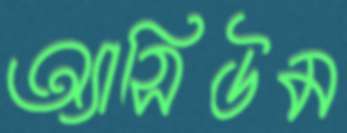
অ্যাসিউম